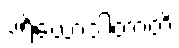
ပရိယောဒါတာတိ